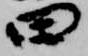
曰